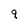
Character: q